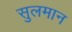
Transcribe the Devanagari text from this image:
सुलमान